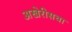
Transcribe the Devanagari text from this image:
अखेरीसचा